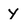
Character: y